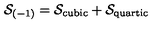
{ \cal S } _ { ( - 1 ) } = { \cal S } _ { \mathrm { c u b i c } } + { \cal S } _ { \mathrm { q u a r t i c } }